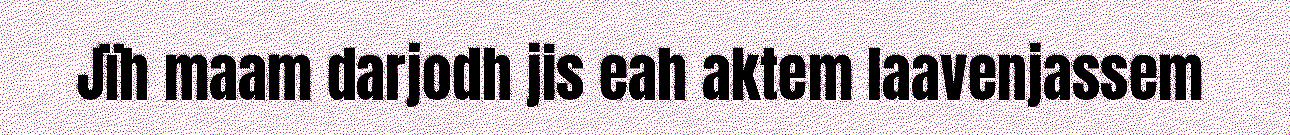
Jïh maam darjodh jis eah aktem laavenjassem